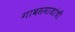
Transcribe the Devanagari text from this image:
गावसमाजांची